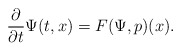
\begin{align*}\frac{\partial}{\partial t} \Psi(t,x) = F(\Psi, p)(x).\end{align*}